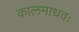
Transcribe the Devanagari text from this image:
कालमाधवः